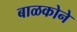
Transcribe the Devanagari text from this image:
बाळकोने